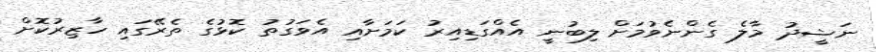
ނަޝީދު މާލެ ގެންނެވުމަށް ލިބުނީ އެއްގަޑިއިރު ކަމަށާއި އެވަގުތު ކޮޅުގެ ތެރޭގައި ހާޒިރުކޮށް